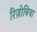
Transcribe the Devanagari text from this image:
रिज़ोबिया